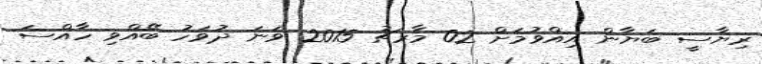
ރިޔާސީ ބަޔާން އިއްވުމަށް 02 މާރޗު 2015 ވަނަ ދުވަހު ބޭއްވި ހާއްސަ